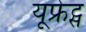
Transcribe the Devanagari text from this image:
यूफ्रेट्स